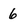
Character: 6